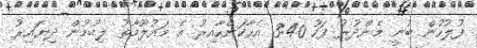
ފުލުހުން ބުނީ މެންދުރު ފަހު 3:40 އެހާކަންހާއިރު އެ މައުލޫމާތު ލިބުމުން ދިޔައިރު